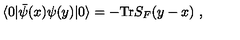
\langle 0 | \bar { \psi } ( x ) \psi ( y ) | 0 \rangle = - \mathrm { T r } S _ { F } ( y - x ) \ ,